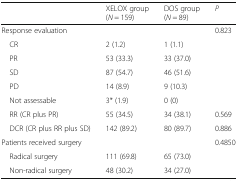
|  | XELOX group(N = 159) | DOS group(N = 89) | P |
 | --- | --- | --- | --- |
 | Response evaluation |  |  | 0.823 |
 | CR | 2 (1.2) | 1 (1.1) |  |
 | PR | 53 (33.3) | 33 (37.0) |  |
 | SD | 87 (54.7) | 46 (51.6) |  |
 | PD | 14 (8.9) | 9 (10.3) |  |
 | Not assessable | 3* (1.9) | 0 (0) |  |
 | RR (CR plus PR) | 55 (34.5) | 34 (38.1) | 0.569 |
 | DCR (CR plus RR plus SD) | 142 (89.2) | 80 (89.7) | 0.886 |
 | Patients received surgery |  |  | 0.4850 |
 | Radical surgery | 111 (69.8) | 65 (73.0) |  |
 | Non-radical surgery | 48 (30.2) | 34 (27.0) |  |